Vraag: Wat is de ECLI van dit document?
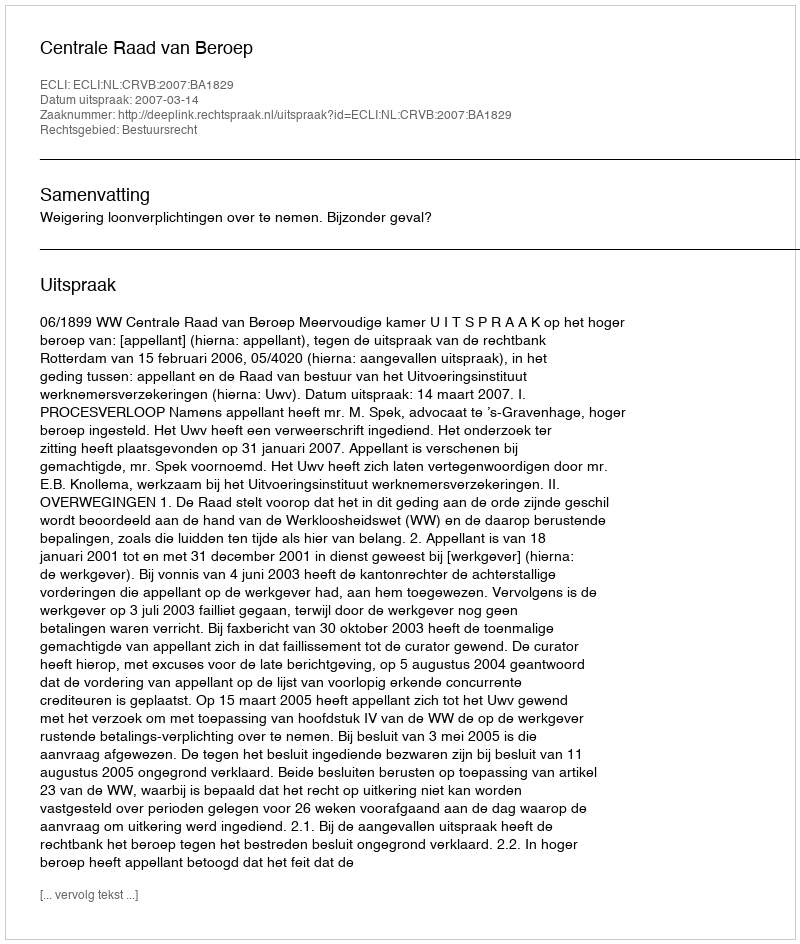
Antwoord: ECLI:NL:CRVB:2007:BA1829